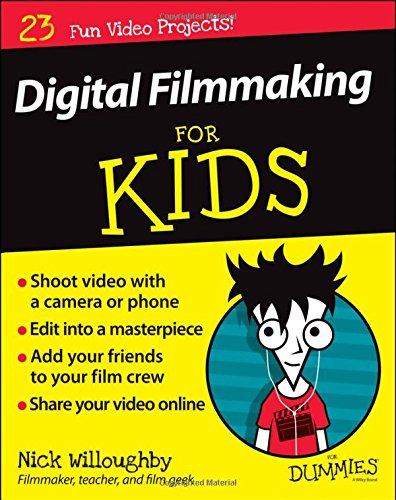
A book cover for Digital Filmmaking For Kids For Dummies; Nick Willoughby; Teen & Young Adult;